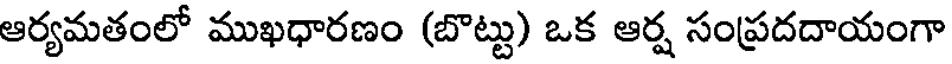
ఆర్యమతంలో ముఖధారణం (బొట్టు) ఒక ఆర్ష సంప్రదదాయంగా